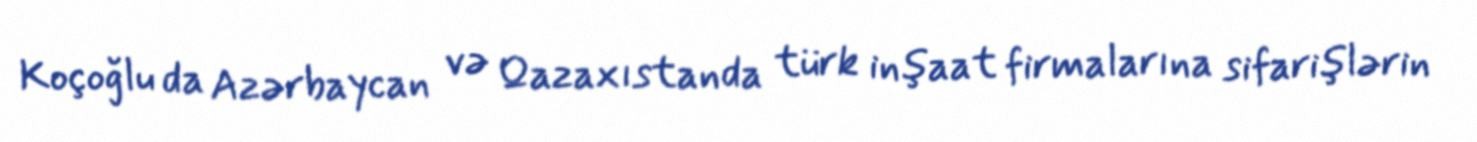
Koçoğlu da Azərbaycan və Qazaxıstanda türk inşaat firmalarına sifarişlərin